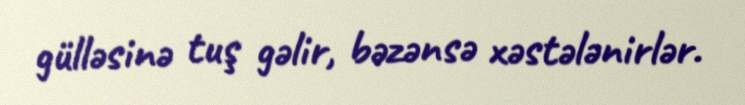
gülləsinə tuş gəlir, bəzənsə xəstələnirlər.